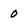
Character: 0